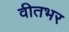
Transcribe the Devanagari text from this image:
वीतभर